Document type: Sale
Year: 1435
Scribe: Pere Soler
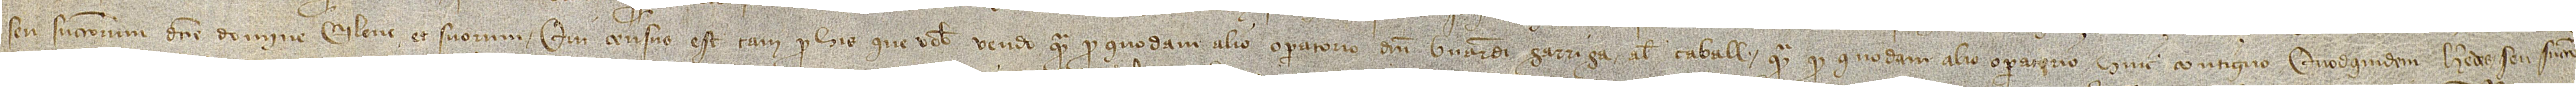
seu successorum dicte domine Elene et suorum. Qui census est tam pro his que vobis vendo quam pro quodam alio operatorio domini Bernardi Garriga, alias Caball, quam pro quodam alio operatorio hinc contiguo quodquidem heredes seu successo-